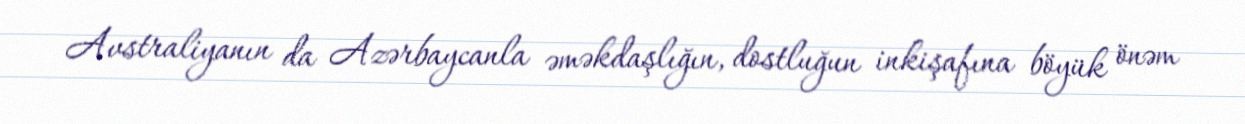
Avstraliyanın da Azərbaycanla əməkdaşlığın, dostluğun inkişafına böyük önəm